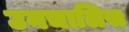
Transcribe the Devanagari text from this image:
उनचालिस